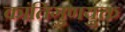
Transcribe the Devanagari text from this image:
कांतिगुणयुक्त